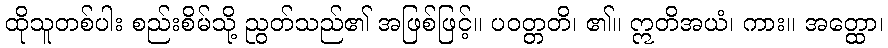
ထိုသူတစ်ပါး စည်းစိမ်သို့ ညွတ်သည်၏ အဖြစ်ဖြင့်။ ပဝတ္တတိ၊ ၏။ ဣတိအယံ၊ ကား။ အတ္ထော၊